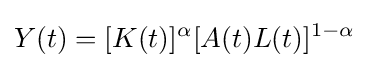
Y(t)=[K(t)]^{\alpha }[A(t)L(t)]^{1-\alpha }